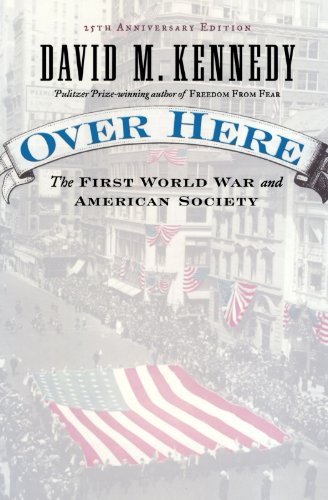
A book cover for Over Here: The First World War and American Society; David M. Kennedy; History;